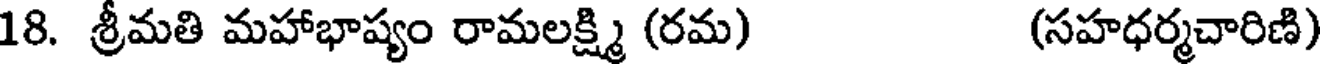
18. శ్రీమతి మహాభాష్యం రామలక్ష్మి (రమ) (సహధర్మచారిణి)